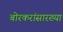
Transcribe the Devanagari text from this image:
बोरकरांसारख्या